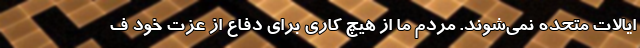
ایالات متحده نمی‌شوند. مردم ما از هیچ کاری برای دفاع از عزت خود ف